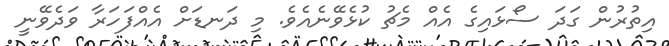
އިތުރުން ގަދަ ސޯޅައިގެ އެއް މެޗު ކުޅެވޭނެއެވެ. މި ދަނޑަށް އެއްފަަހަރާ ވަދެވޭނީ